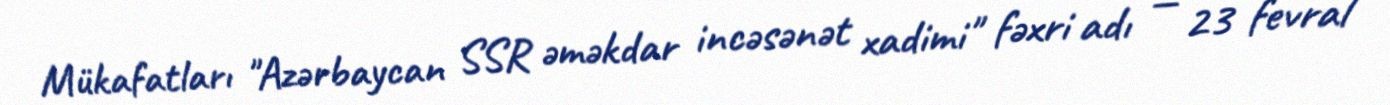
Mükafatları "Azərbaycan SSR əməkdar incəsənət xadimi" fəxri adı — 23 fevral